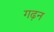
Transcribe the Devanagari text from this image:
गढ़न